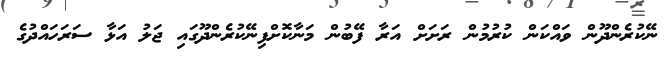
ނޭކުރެންދޫން ވައްކަން ކުރުމުން ރަށަށް އަރާ ފޭބުން މަނާކޮށްފިނޭކުރެންދޫގައި ޖަލު އަޅާ ސަރަހައްދުގެ